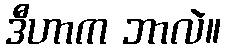
ဒီဟာက ဘာလဲ။